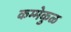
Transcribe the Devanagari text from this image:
कम्मेकुळ